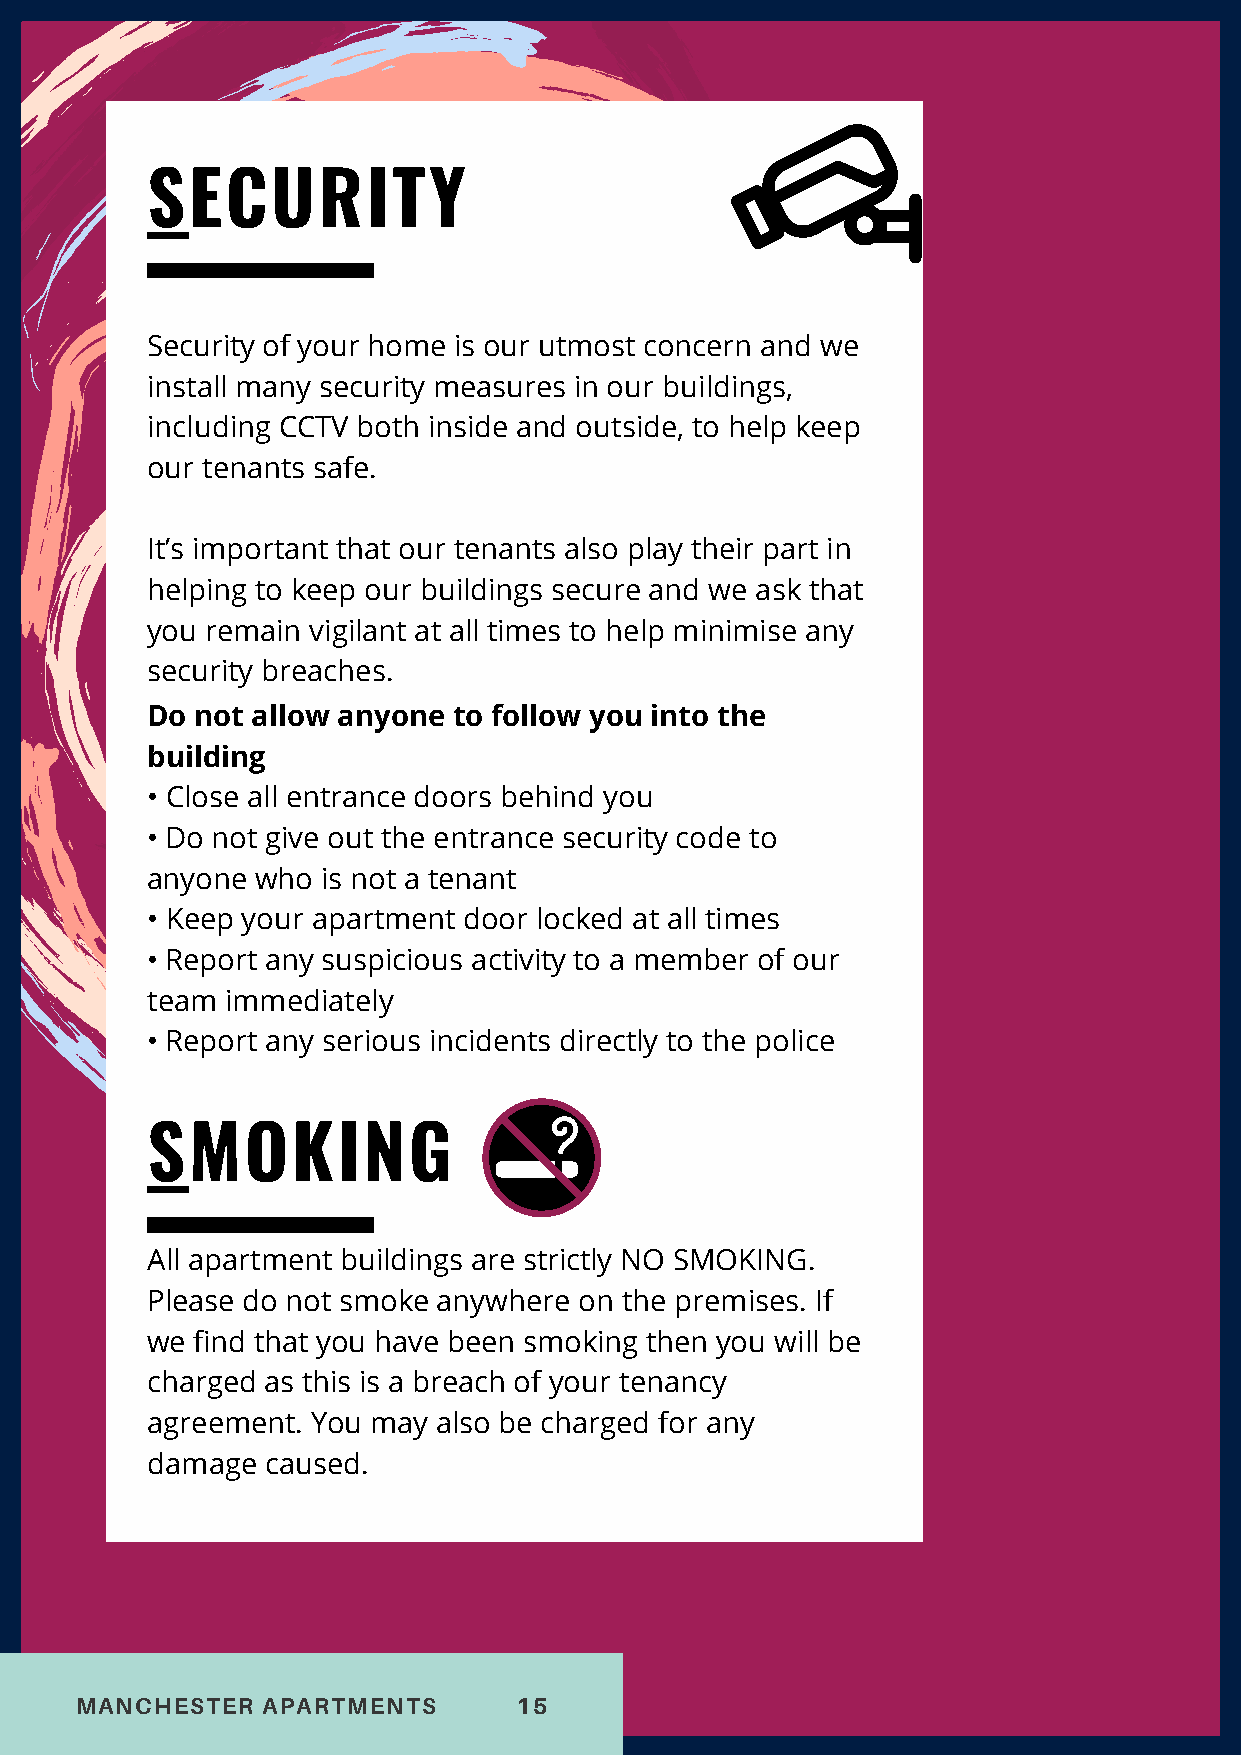
SECURITY
 Security of your home is our utmost concern and we
 install many security measures in our buildings,
 including CCTV both inside and outside, to help keep
 our tenants safe.
 It’s important that our tenants also play their part in
 helping to keep our buildings secure and we ask that
 you remain vigilant at all times to help minimise any
 security breaches.
 Do not allow anyone to follow you into the
 building
 • Close all entrance doors behind you
 • Do not give out the entrance security code to
 anyone who is not a tenant
 • Keep your apartment door locked at all times
 • Report any suspicious activity to a member of our
 team immediately
 • Report any serious incidents directly to the police
 SMOKING
 All apartment buildings are strictly NO SMOKING.
 Please do not smoke anywhere on the premises. If
 we find that you have been smoking then you will be
 charged as this is a breach of your tenancy
 agreement. You may also be charged for any
 damage  caused.
 MANCHESTER  APARTMENTS       15